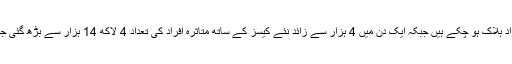
برازیل میں 24 گھنٹے کے دوران مزید 386 افراد ہلاک ہو چکے ہیں جبکہ ایک دن میں 4 ہزار سے زائد نئے کیسز کے ساتھ متاثرہ افراد کی تعداد 4 لاکھ 14 ہزار سے بڑھ گئی جبکہ مرنے والوں کی تعداد 25 ہزار 697 ہوگئی ۔